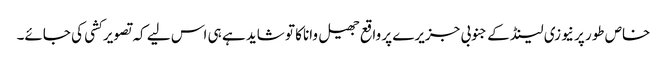
خاص طور پر نیوزی لینڈ کے جنوبی جزیرے پر واقع جھیل واناکا تو شاید ہے ہی اس لیے کہ تصویر کشی کی جائے۔